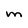
Character: M